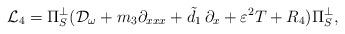
LaTeX: \begin{align*}\mathcal{L}_4=\Pi_S^{\perp} (\mathcal{D}_{\omega}+ m_3 \partial_{xxx}+\tilde{d}_1\,\partial_x+\varepsilon^2 T+R_4)\Pi_S^{\perp},\end{align*}